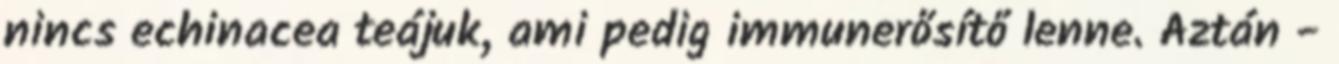
nincs echinacea teájuk, ami pedig immunerősítő lenne. Aztán -